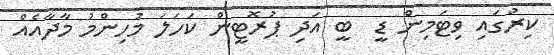
ކިރުގައި ވިޓަމިން ޑީ  ބީ އަދި ޕުރޮޓީން ކަހަލަ މުހިންމު މާދާއެއް